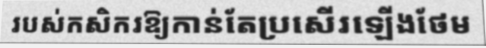
របស់កសិករឱ្យកាន់តែប្រសើរឡើងថែម